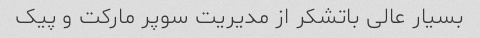
بسیار عالی باتشکر از مدیریت سوپر مارکت و پیک